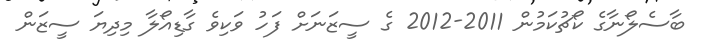
ބާސެލޯނާގެ ކޯޗުކަމުން 2011-2012 ގެ ސީޒަނަށް ފަހު ވަކިވެ ގާޑިއޯލާ މިދިޔަ ސީޒަން